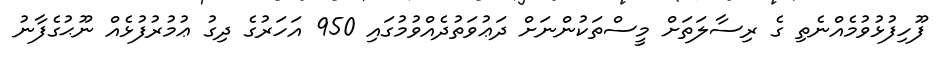
ފޫހިފުޅުވުމެއްނެތި ގެ ރިސާލަތަށް މީސްތަކުންނަށް ދަޢުވަތުދެއްވުމުގައި 950 އަހަރުގެ ދިގު ޢުމުރުފުޅެއް ނޫޙުގެފާނު